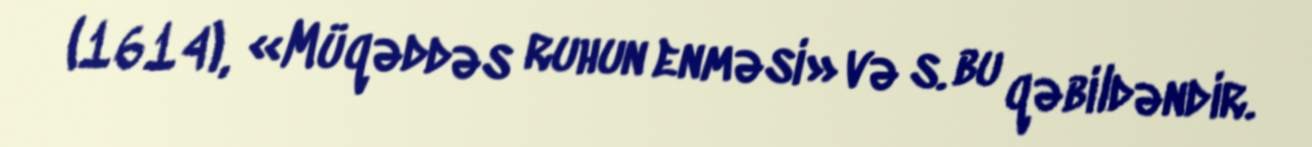
(1614), «Müqəddəs ruhun enməsi» və s. bu qəbildəndir.